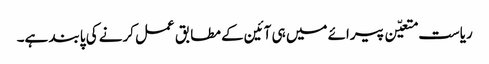
ریاست متعیّن پیرائے میں ہی آئین کے مطابق عمل کرنے کی پابند ہے۔